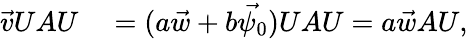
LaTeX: \begin{array}{rl}{\vec{v}UAU}&{{}=(a\vec{w}+b\vec{\psi_{0}})UAU=a\vec{w}AU,}\end{array}